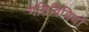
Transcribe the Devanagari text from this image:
गतिविविधों